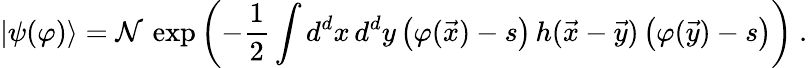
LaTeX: |\psi(\varphi)\rangle={\cal N}\, \exp\left(-{\frac{1}{2}}\int d^{d}x\, d^{d}y\, \big(\varphi({\vec{x}})-s\big)\, h({\vec{x}}-{\vec{y}})\, \big(\varphi({\vec{y}})-s\big)\right)~.